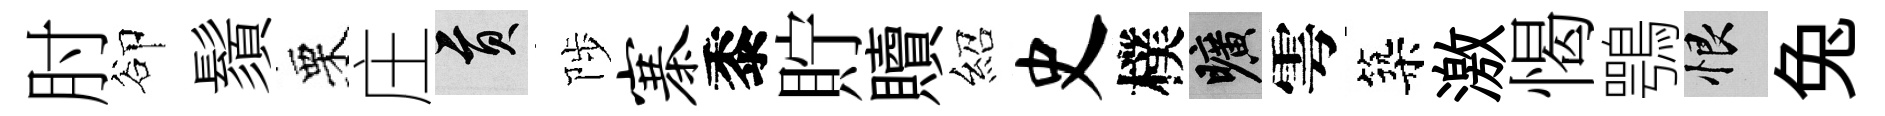
肘卻鬚栗庄貢陟寨黍貯贖紹史樸曠雩築激愒鶚恨兔